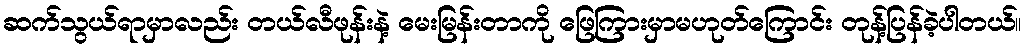
ဆက်သွယ်ရာမှာလည်း တယ်လီဖုန်းနဲ့ မေးမြန်းတာကို ဖြေကြားမှာမဟုတ်ကြောင်း တုန့်ပြန်ခဲ့ပါတယ်။